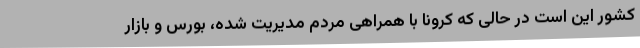
کشور این است در حالی که کرونا با همراهی مردم مدیریت شده، بورس و بازار